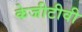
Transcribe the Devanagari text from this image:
केजीटीवी